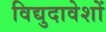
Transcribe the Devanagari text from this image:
विद्युदावेशों